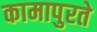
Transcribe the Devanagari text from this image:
कामापुरते